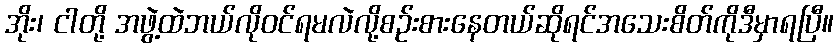
အိုး၊ ငါတို့ အဖွဲ့ထဲဘယ်လိုဝင်ရမလဲလို့စဉ်းစားနေတယ်ဆိုရင်အသေးစိတ်ကိုဒီမှာရပြီ။